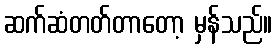
ဆက်ဆံတတ်တာတော့ မှန်သည်။